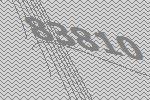
83810